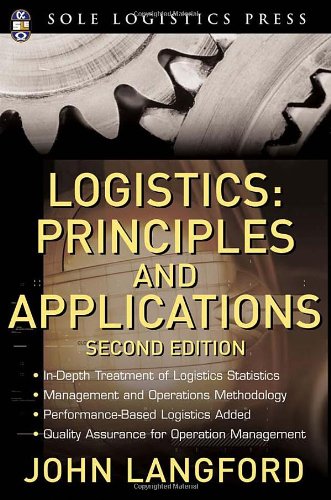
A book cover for Logistics: Principles and Applications, 2nd Ed. (McGraw-Hill Logistics Series); John Langford; Business & Money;